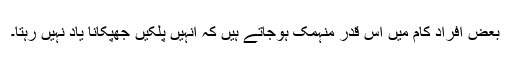
بعض افراد کام میں اس قدر منہمک ہوجاتے ہیں کہ انہیں پلکیں جھپکانا یاد نہیں رہتا۔